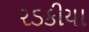
રડકીયા